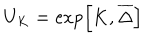
LaTeX: U _ { K } = \exp \left[ K , \overline { { { \Delta } } } \right]